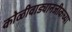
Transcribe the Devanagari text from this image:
कोळीवाड्यानजीकच्या